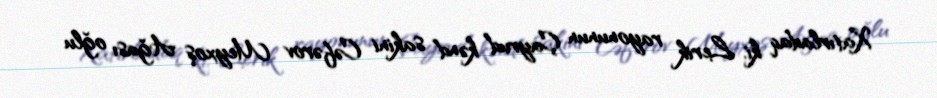
Xatırladaq ki, Lerik rayonunun Çayrud kənd sakini Cəfərov Meyxoş Ağası oğlu